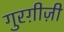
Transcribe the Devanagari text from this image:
गुरग़ीज़ी